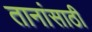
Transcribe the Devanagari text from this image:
तानांसाठी